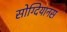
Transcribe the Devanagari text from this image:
सोग्दियानस